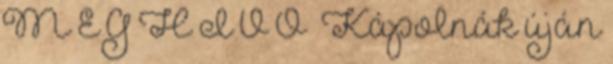
M E G H Í V Ó „Kápolnák úján